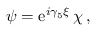
\psi = \mathrm { e } ^ { i \gamma _ { 5 } \xi } \, \chi \, ,